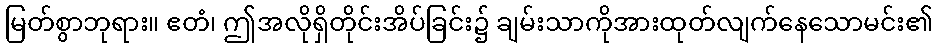
မြတ်စွာဘုရား။ ဧတံ၊ ဤအလိုရှိတိုင်းအိပ်ခြင်း၌ ချမ်းသာကိုအားထုတ်လျက်နေသောမင်း၏